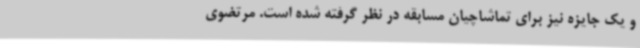
و یک جایزه نیز برای تماشاچیان مسابقه در نظر گرفته شده است. مرتضوی